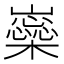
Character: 𡾚